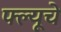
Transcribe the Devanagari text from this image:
फ्ल्यूचे